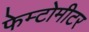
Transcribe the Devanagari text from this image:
फेम्टोमीटर